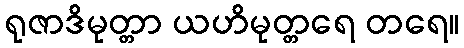
ရုဇာဒိမုတ္တာ ယဟိမုတ္တရေ တရေ။